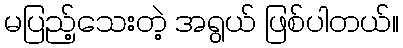
မပြည့်သေးတဲ့ အရွယ် ဖြစ်ပါတယ်။